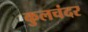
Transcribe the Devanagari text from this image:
कुलचंदर